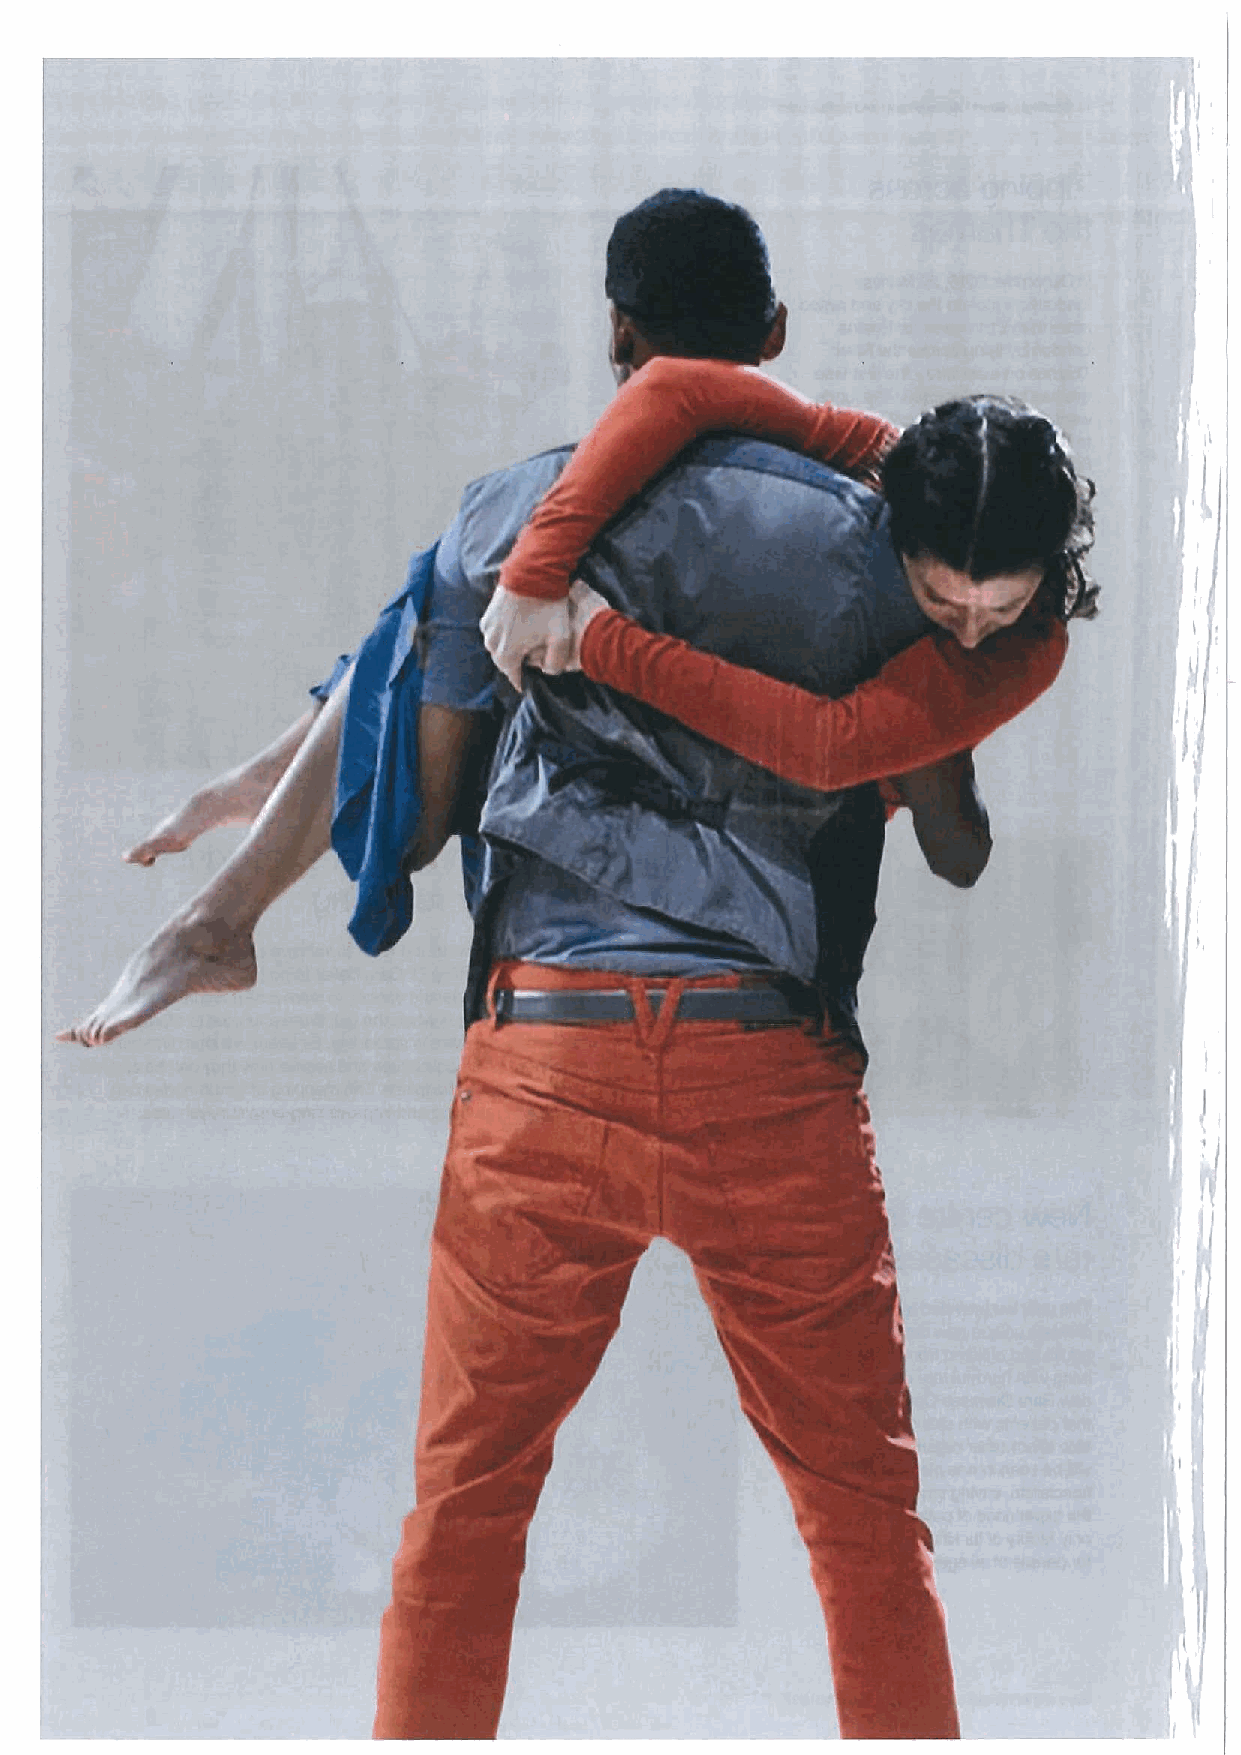
T,
 i~
 t
 ~ ~- o&AS}k~.
 '+,
 ~
 ~
 ~'&,'
 ab
 'A. R                    f."
 .
 .. '            't
 ,
 hn
 t
 (
 il')
 t
 i I
 I
 —;I
 )